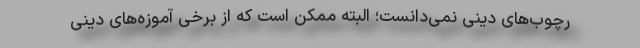
رچوب‌های دینی نمی‌دانست؛ البته ممکن است که از برخی آموزه‌های دینی